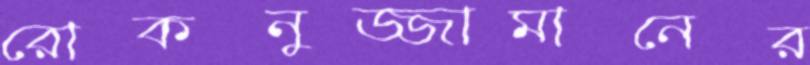
রোকনুজ্জামানের